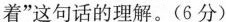
着“这句话的理解。（6分）